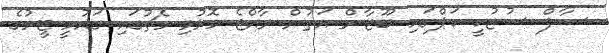
ސާފް ސުޒުކީ ކަޕްގައި ބޫޓާން އަތުން ރާއްޖެ މޮޅުވި މެޗުގައި ގައުމީ ޓީމުގެ